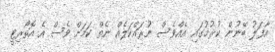
އާފަލު ބޭނުން ކުރުމުގައި އެއްވެސް ނުރައްކަލެއް ނެތް ކަމަށް ވެސް އެ އޮތޯރިޓީ